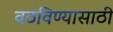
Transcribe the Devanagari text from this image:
वठविण्यासाठी